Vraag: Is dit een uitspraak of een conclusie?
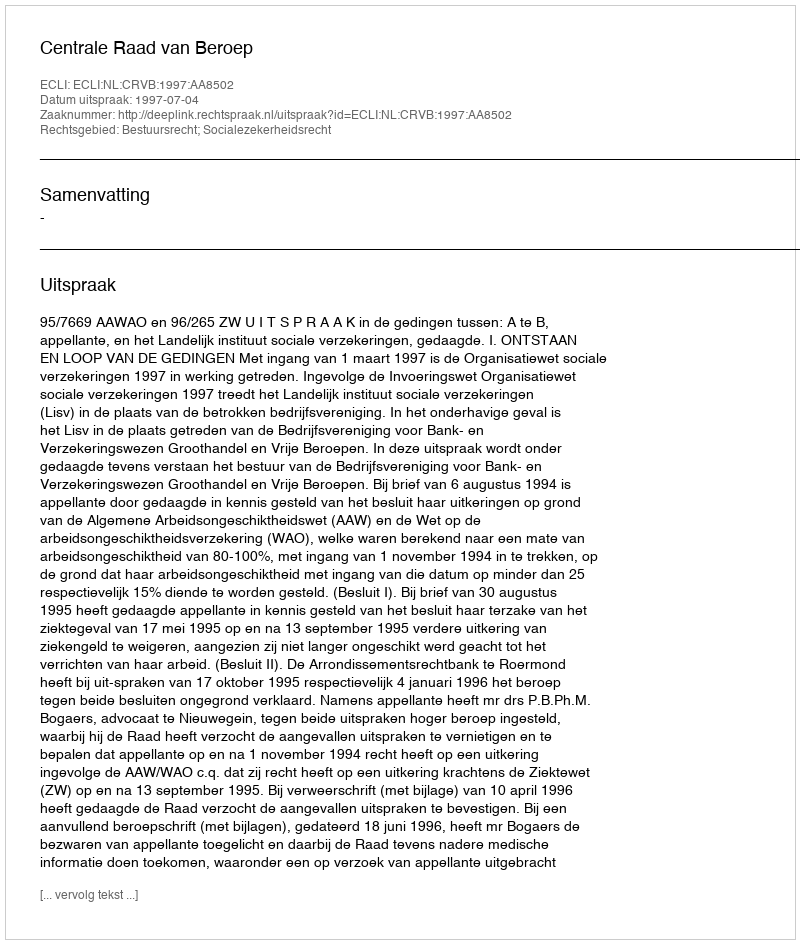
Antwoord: Uitspraak